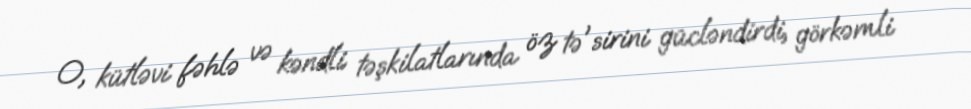
O, kütləvi fəhlə və kəndli təşkilatlarında öz tə'sirini gücləndirdi, görkəmli